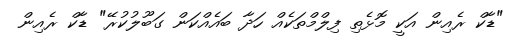
"ޑާކް ރެއިން އަކީ މޮޅެތި ފިލްމްތަކެއް ހަދާ ބައެއްކަން ގަބޫލުކުރޭ" ޑާކް ރެއިން